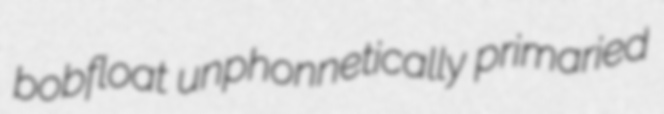
bobfloat unphonnetically primaried